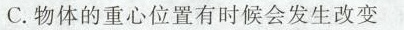
C.物体的重心位置有时候会发生改变